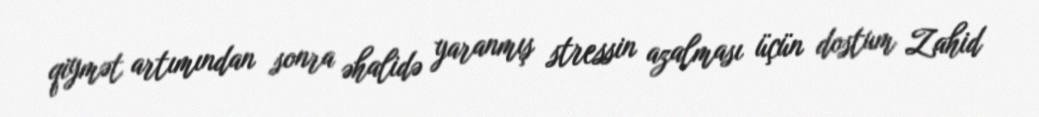
qiymət artımından sonra əhalidə yaranmış stressin azalması üçün dostum Zahid